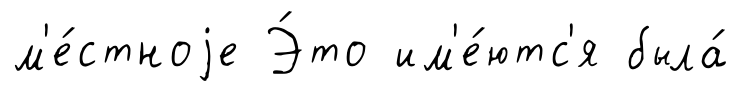
м'е́стноjе Э́то им'е́ютс'я была́